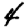
Digit: 4